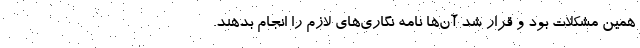
همین مشکلات بود و قرار شد آن‌ها نامه نگاری‌های لازم را انجام بدهند.